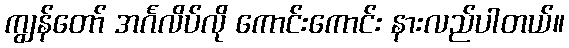
ကျွန်တော် အင်္ဂလိပ်လို ကောင်းကောင်း နားလည်ပါတယ်။